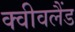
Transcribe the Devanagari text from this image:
क्वीवलैंड